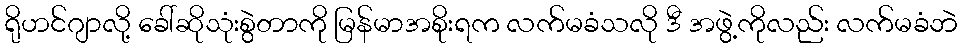
ရိုဟင်ဂျာလို့ ခေါ်ဆိုသုံးစွဲတာကို မြန်မာအစိုးရက လက်မခံသလို ဒီ အဖွဲ့ကိုလည်း လက်မခံဘဲ